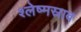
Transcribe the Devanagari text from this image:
श्लेष्मस्राव